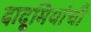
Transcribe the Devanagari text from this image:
दादूमियांची